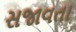
સજાવતા